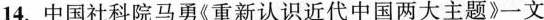
14.中国社科院马勇《重新认识近代中国两大主题》一文